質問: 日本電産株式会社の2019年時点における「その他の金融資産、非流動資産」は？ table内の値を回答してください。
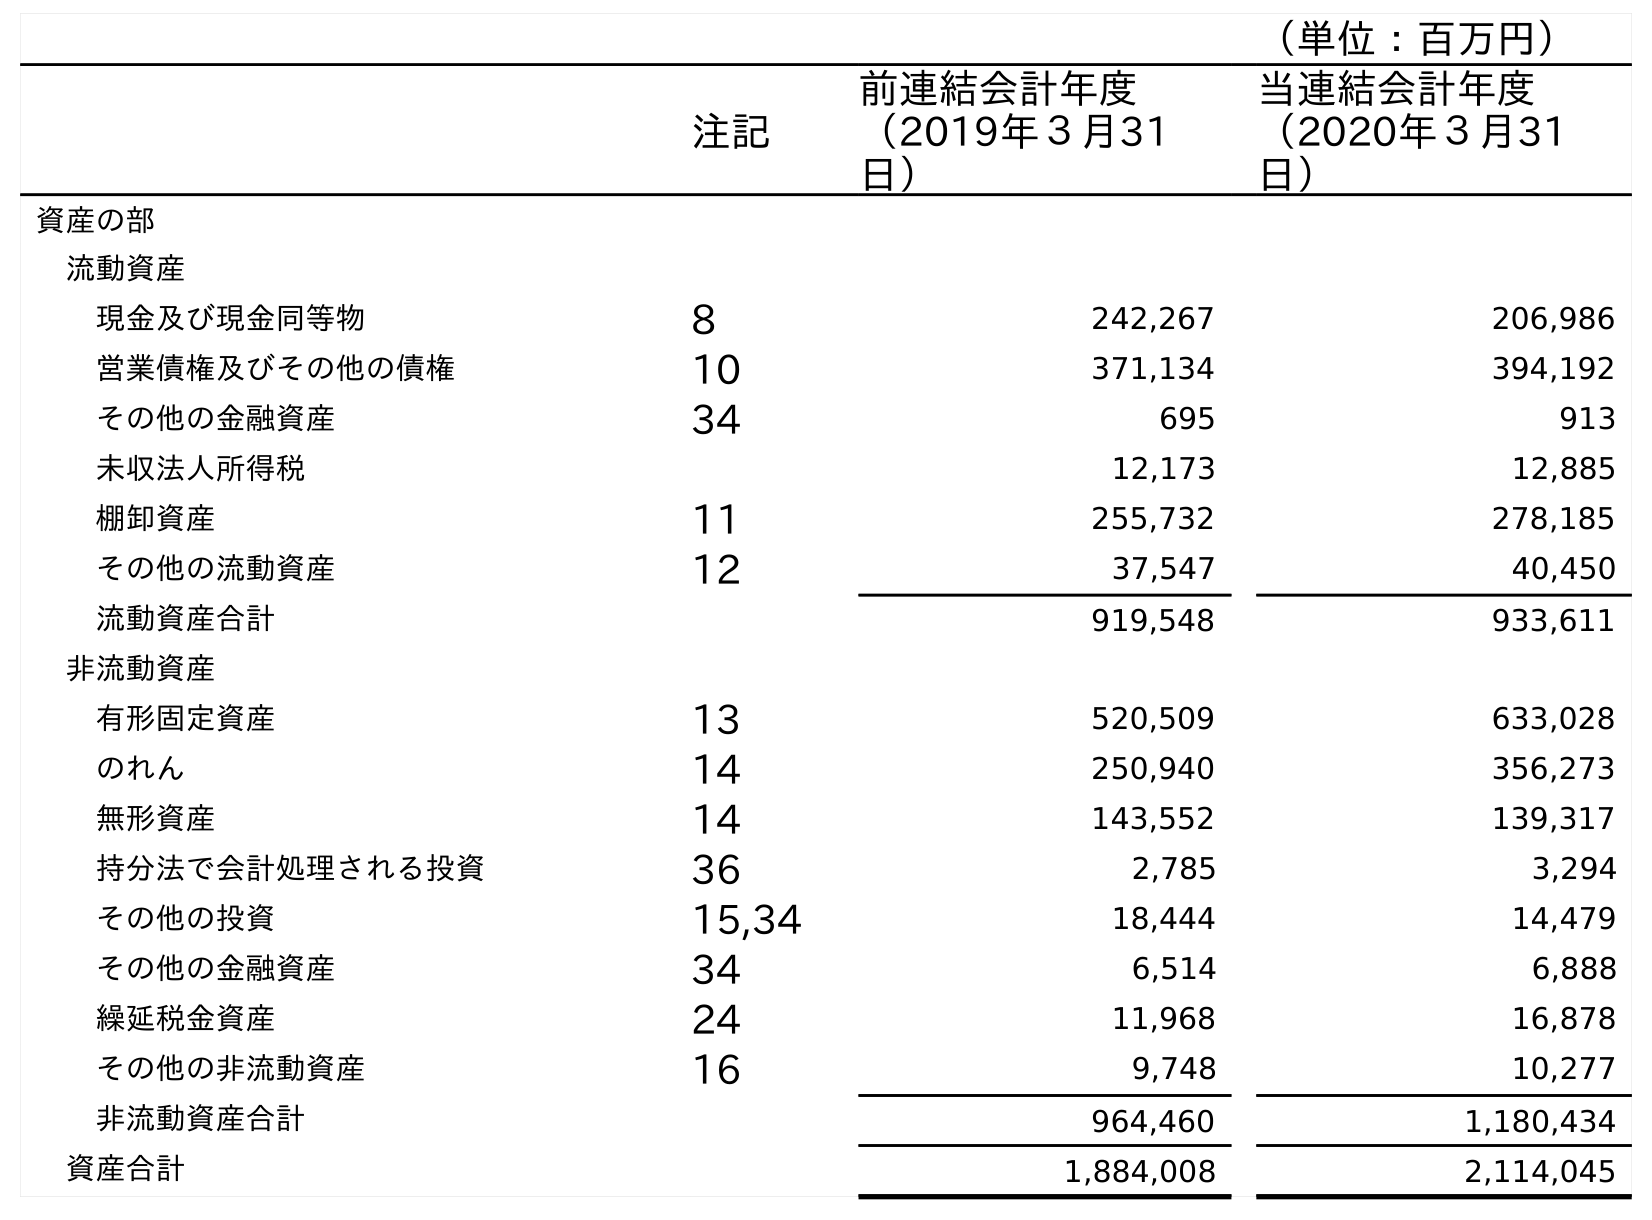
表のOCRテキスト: （単位：百万円） 注記 前連結会計年度 （2019年３月31 日） 当連結会計年度 （2020年３月31 日） 資産の部 流動資産 現金及び現金同等物 8 242,267 206,986 営業債権及びその他の債権 10 371,134 394,192 その他の金融資産 34 695 913 未収法人所得税 12,173 12,885 棚卸資産 11 255,732 278,185 その他の流動資産 12 37,547 40,450 流動資産合計 919,548 933,611 非流動資産 有形固定資産 13 520,509 633,028 のれん 14 250,940 356,273 無形資産 14 143,552 139,317 持分法で会計処理される投資 36 2,785 3,294 その他の投資 15,34 18,444 14,479 その他の金融資産 34 6,514 6,888 繰延税金資産 24 11,968 16,878 その他の非流動資産 16 9,748 10,277 非流動資産合計 964,460 1,180,434 資産合計 1,884,008 2,114,045
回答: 6,514